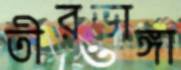
তীরভাঙ্গা